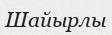
Шайырлы